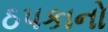
ઠપકાનો